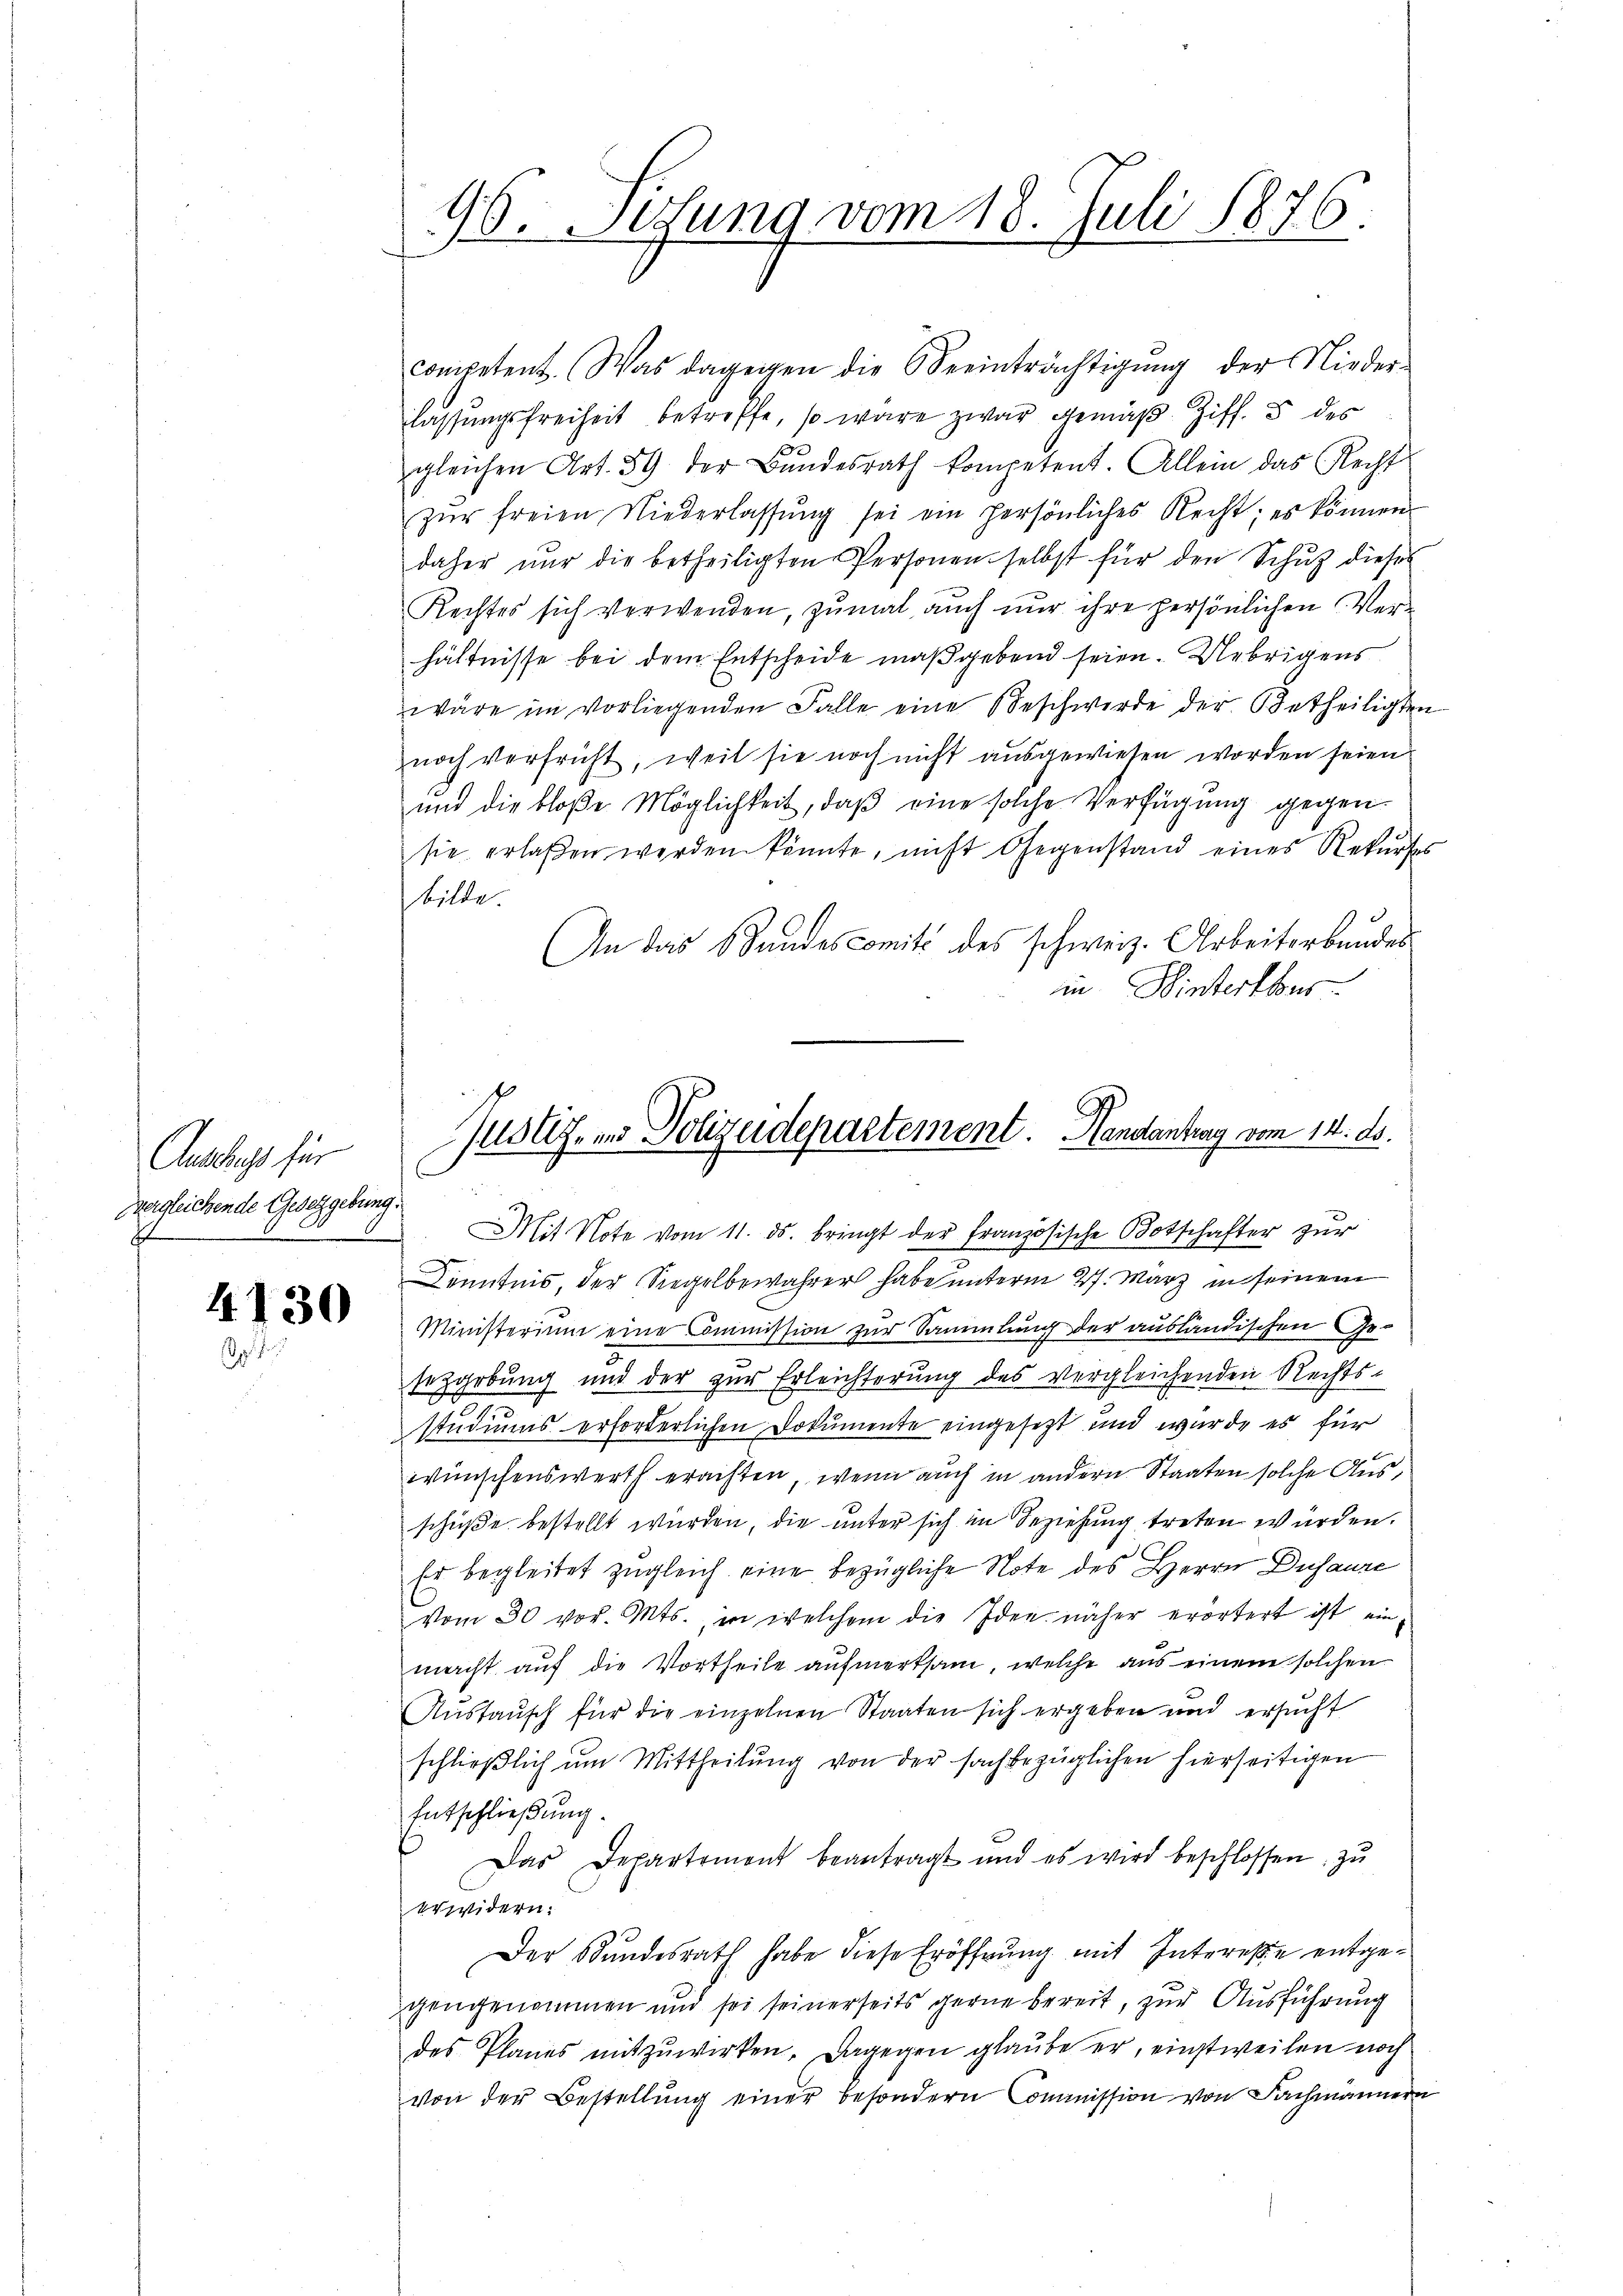
Austrags für
Dregleichende Gesetzgebung.

4130
.

46. Sesung vom 18. Juli 1876.

competent. Was dagegen die Beeinträchtigŭng der Nieder-
lassŭngsfreiheit betreffe, so wäre zwar gemäβ Ziff. 5 des
gleichen Art. 59 der Bŭndesrath kompetent. Allein das Recht
zŭr freien Niederlassŭng sei ein persönliches Recht; es können
daher nur die betheiligten Personen selbst für den Schutz dieses
Rechtes sich verwenden, zumal auch nur ihre persönlichen Verhältnisse bei dem Entscheide maßgebend seien. Uebrigens
wäre im vorliegenden Falle eine Beschwerde der Betheiligten
noch verfrüht, weil sie noch nicht ausgewiesen worden seien.
und die bloße Möglichkeit, daß eine solche Verfügung gegen
sie erlassen werden könnte, nicht Gegenstand eines Rekŭrses
stille.
An das Standescomité des schweiz. Arbeiterbundes
in Winterthur
Mit Note vom 11. ds. bringt der französische Botschafter zur
Kenntnis, der Siegelbewahrer habe unterm 27. März in seinem
Ministerium eine Commission zur Sammlung der ausländischen Gesetzgebung und der zur Erleichterung des vergleichenden Rechts-
studiums erforderlichen Dokumente eingesetzt und wurde es für
wünschenswerth erachten, wenn auch in andern Staaten solche Ausschüße bestellt wurden, die unter sich in Beziehung treten würden.
Er begleitet zugleich eine bezügliche Note des Herrn Dusaure
vom 30 vor. Mts., in welchem die Idee näher erörtert ist einmacht auf die Vortheile aufmerksam, welche aus einem solchen
Austausch für die einzelnen Staaten sich ergeben und ersucht
schließlich um Mittheilung von der sachbezüglichen hierseitigen
Entschließung.
Das Departement beantragt und es wird beschlossen, zu
erwidern:
Der Bundesrath habe diese Eröffnung mit Intereße entgegengenommen und sei seinerseits gerne bereit, zur Ausführung
des Planes mitzuwirken. Dagegen glaube er, einstweilen noch
von der Bestellung einer besondern Commission von Fachmännern

Justiz- und Polizeidepartement. Handantrag vom 14. ds.